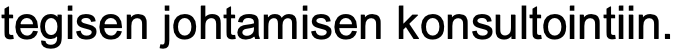
tegisen johtamisen konsultointiin.